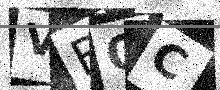
Text: VBQC